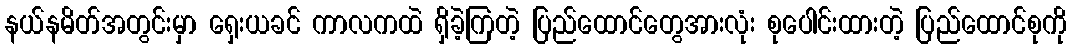
နယ်နမိတ်အတွင်းမှာ ရှေးယခင် ကာလကထဲ ရှိခဲ့ကြတဲ့ ပြည်ထောင်တွေအားလုံး စုပေါင်းထားတဲ့ ပြည်ထောင်စုကို